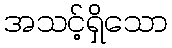
အသင့်ရှိသော